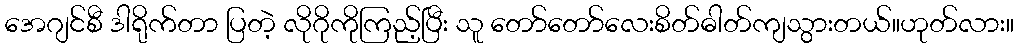
အေဂျင်စီ ဒါရိုက်တာ ပြတဲ့ လိုဂိုကိုကြည့်ပြီး သူ တော်တော်လေးစိတ်ဓါတ်ကျသွားတယ်။ဟုတ်လား။